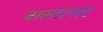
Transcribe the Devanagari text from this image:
बास्तानार